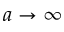
a \rightarrow \infty